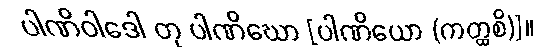
ပါဏိဝါဒေါ တု ပါဏိဃော [ပါဏိယော (ကတ္ထစိ)]။